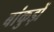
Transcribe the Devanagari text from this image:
बांकुड़ों